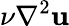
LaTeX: \nu\nabla^{2}{\mathbf u}